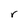
Character: r